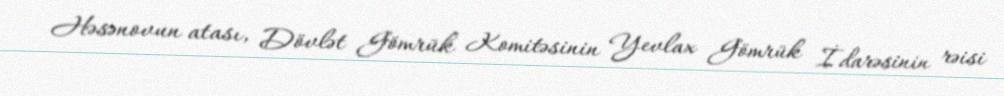
Həsənovun atası, Dövlət Gömrük Komitəsinin Yevlax Gömrük İdarəsinin rəisi